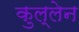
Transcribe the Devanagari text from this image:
कुल्लेन